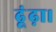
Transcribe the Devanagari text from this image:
ढूंढ़ा।